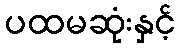
ပထမဆုံးနှင့်